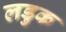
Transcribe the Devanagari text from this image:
लडुक